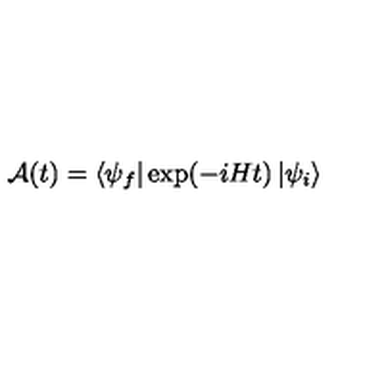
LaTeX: { \cal { A } } ( t ) = \left\langle \psi _ { f } \right| \exp ( - i H t ) \left| \psi _ { i } \right\rangle